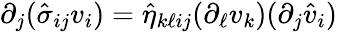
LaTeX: \partial_{j}(\hat{\sigma}_{ij}v_{i})=\hat{\eta}_{k\ell ij}(\partial_{\ell}v_{k})(\partial_{j}\hat{v}_{i})